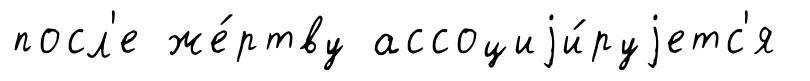
посл'е же́ртву ассоциjи́руjетс'я